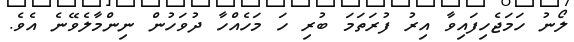
ލޯނު ހަމަޖެހިފައިވާ އިރު ފުރަތަމަ ބުރި ހަ މަހެއްހާ ދުވަހުން ނިންމާލެވޭނެ އެވެ.